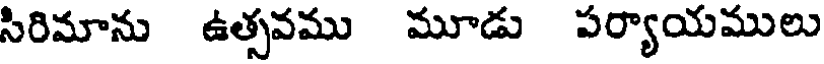
సిరిమాను ఉత్సవము మూడు పర్యాయములు